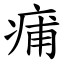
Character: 痡